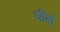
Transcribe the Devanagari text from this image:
धीदो